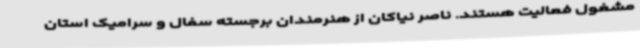
مشغول فعالیت هستند. ناصر نیاکان از هنرمندان برجسته سفال و سرامیک استان